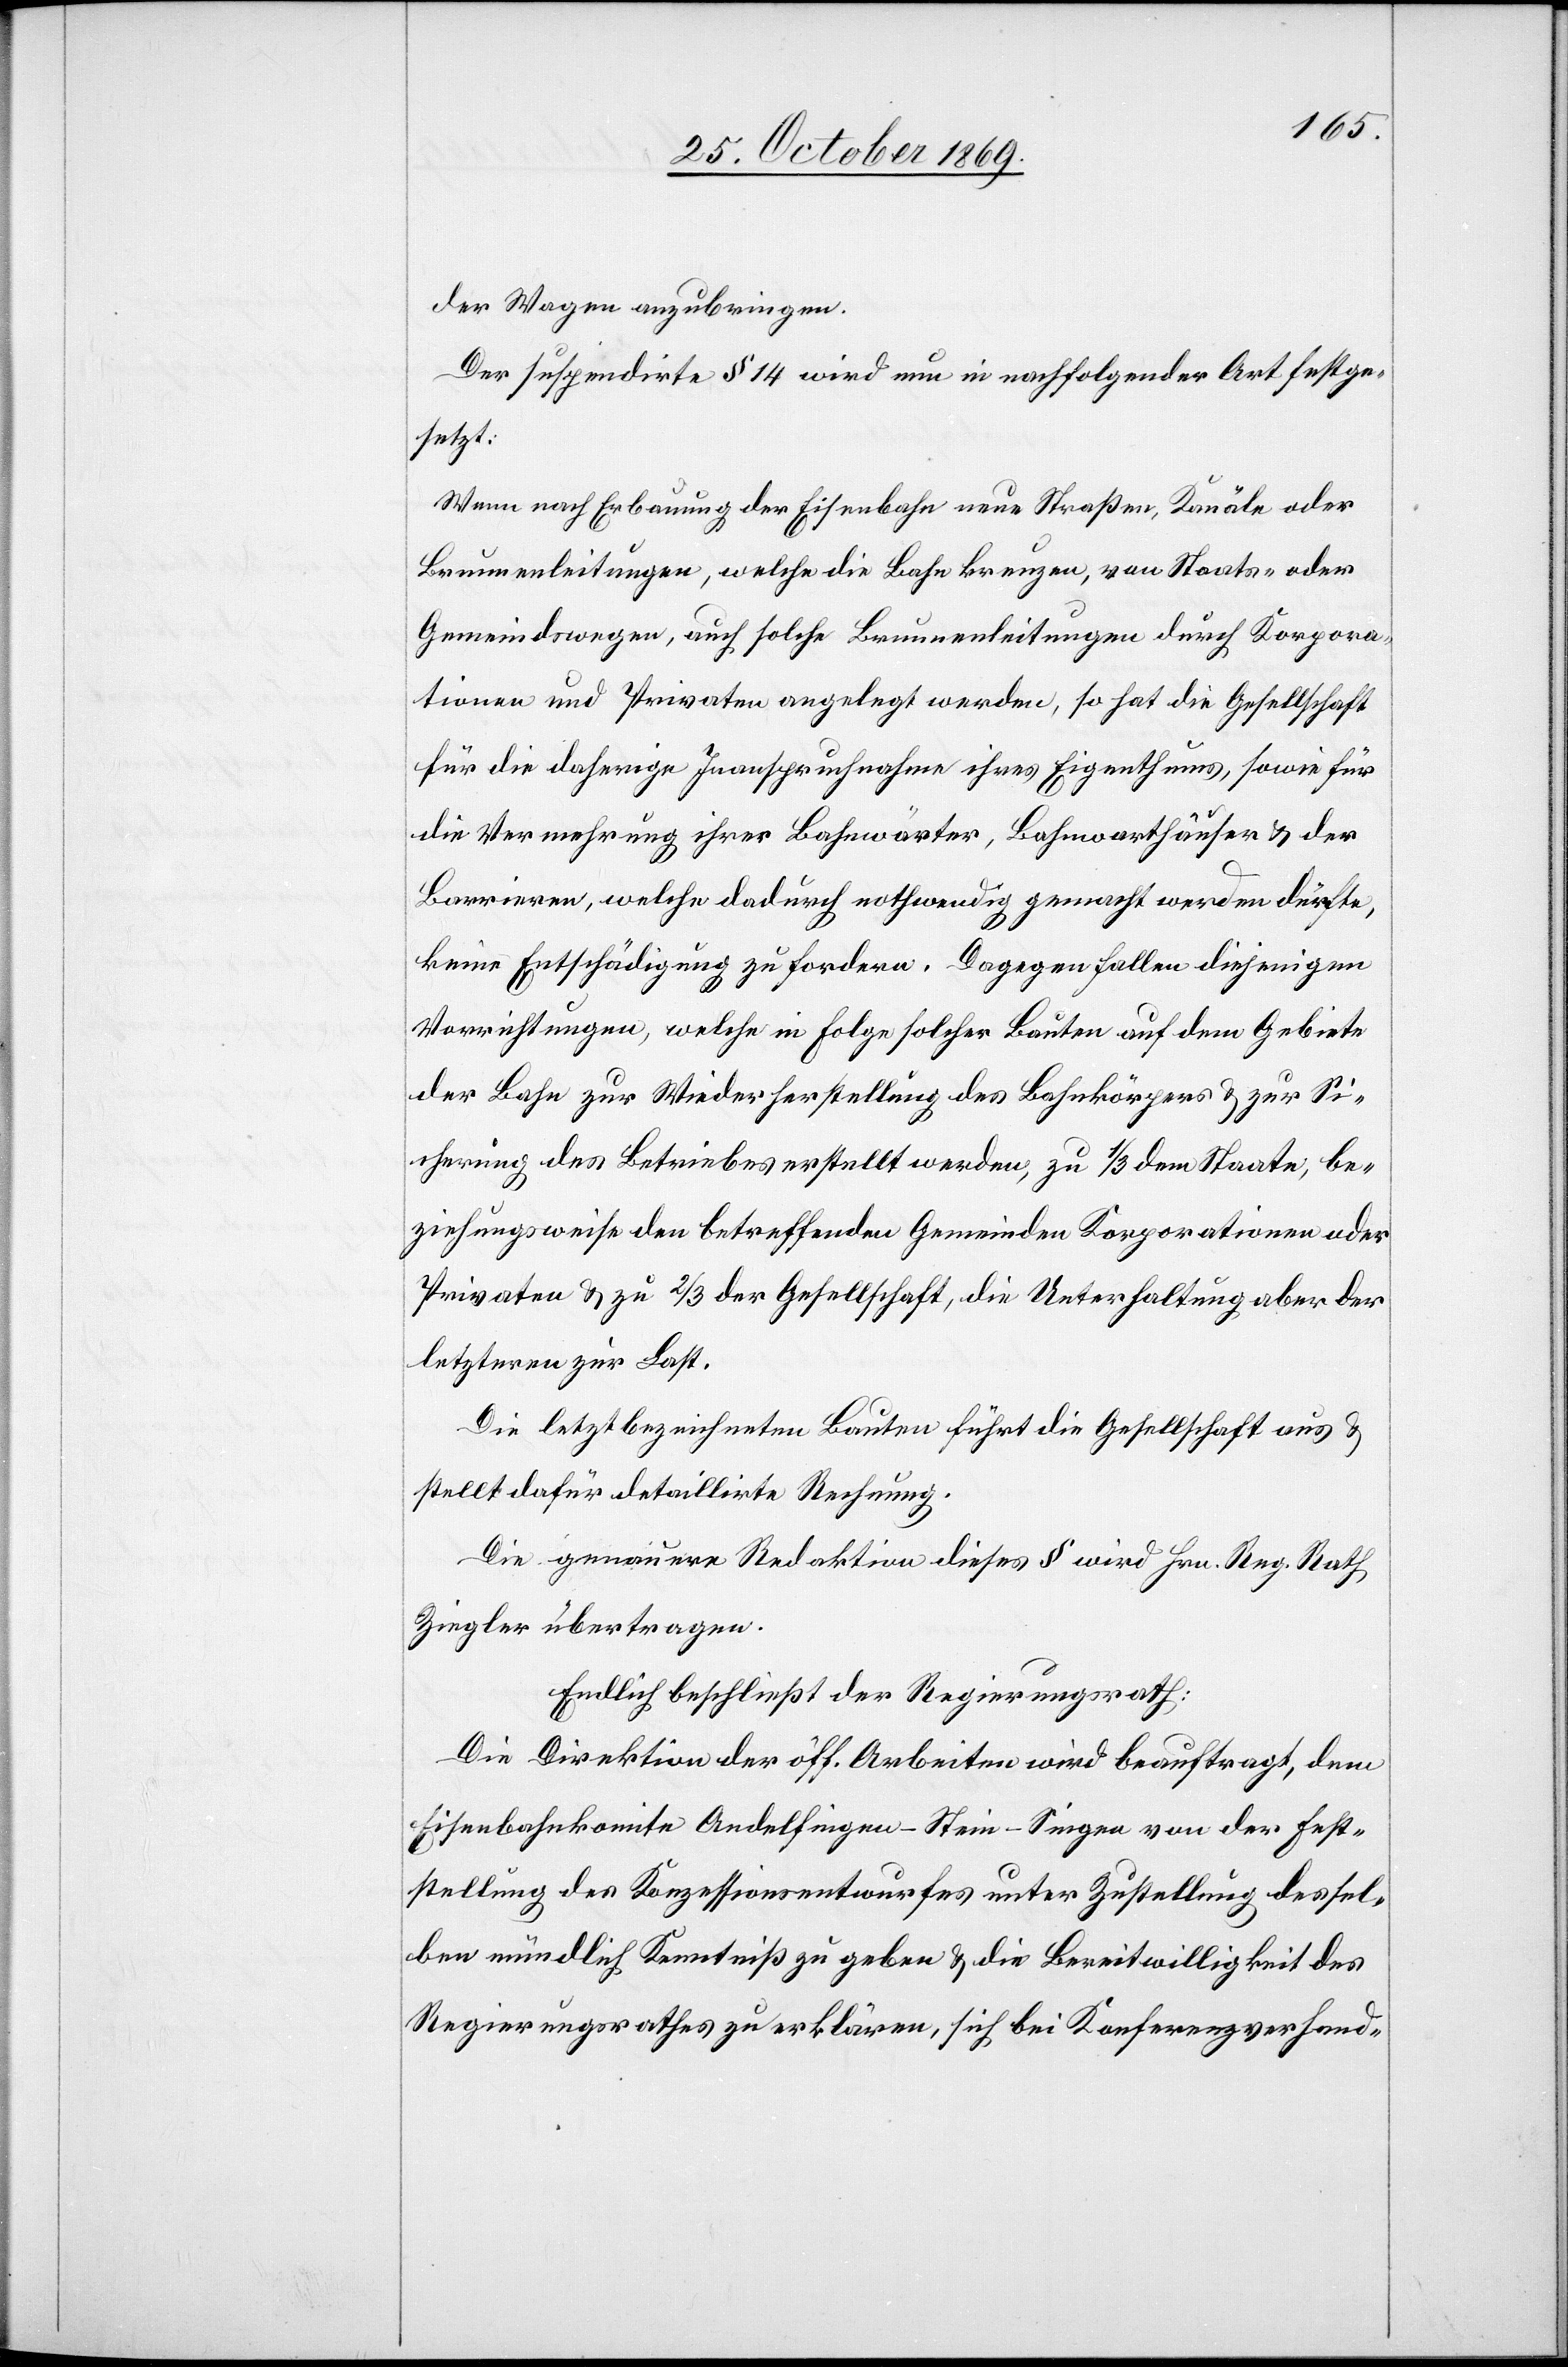
der Wagen anzubringen.
Der suspendirte § 14 wird nun in nachfolgender Art festge¬
setzt:
Wenn nach Erbauung der Eisenbahn neue Straßen, Kanäle oder
Brunnenleitungen, welche die Bahn kreuzen, von Staats- oder
Gemeindswegen, auch solche Brunnenleitungen durch Korpora¬
tionen und Privaten angelegt werden, so hat die Gesellschaft
für die daherige Inanspruchnahme ihres Eigenthums, sowie für
die Vermehrung ihrer Bahnwärter, Bahnwarthäuser & der
Barrieren, welche dadurch nothwendig gemacht werden dürfte[n],
keine Entschädigung zu fordern. Dagegen fallen diejenigen
Vorrichtungen, welche in Folge solcher Bauten auf dem Gebiete
der Bahn zur Wiederherstellung des Bahnkörpers & zur Si¬
cherung des Betriebes erstellt werden, zu 1/3 dem Staate, be¬
ziehungsweise den betreffenden Gemeinden[,] Korporationen oder
Privaten & zu 2/3 der Gesellschaft, die Unterhaltung aber der
letzteren zur Last.
Die letztbezeichneten Bauten führt die Gesellschaft aus &
stellt dafür detaillirte Rechnung.
Die genauere Redaktion dieses § wird Hrn. Reg. Rath
Ziegler übertragen.
Endlich beschließt der Regierungsrath:
Die Direktion der öff. Arbeiten wird beauftragt, dem
Eisenbahnkomite Andelfingen–Stein–Singen von der Fest¬
stellung des Konzessionsentwurfes unter Zustellung dessel¬
ben mündlich Kenntniß zu geben & die Bereitwilligkeit des
Regierungsrathes zu erklären, sich bei Konferenzverhand-